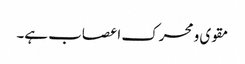
مقوی و محرک اعصاب ہے۔